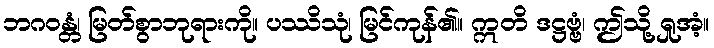
ဘဂဝန္တံ၊ မြတ်စွာဘုရားကို။ ပဿိသုံ၊ မြင်ကုန်၏။ ဣတိ ဒဋ္ဌဗ္ဗံ၊ ဤသို့ ရှုအံ့။